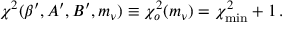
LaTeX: \chi ^ { 2 } ( \beta ^ { \prime } , A ^ { \prime } , B ^ { \prime } , m _ { \nu } ) \equiv \chi _ { o } ^ { 2 } ( m _ { \nu } ) = \chi _ { \mathrm { m i n } } ^ { 2 } + 1 \, .